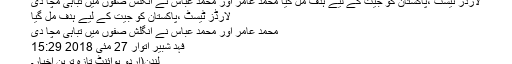
لارڈز ٹیسٹ ،پاکستان کو جیت کے لیے ہدف مل گیا محمد عامر اور محمد عباس نے انگلش صفوں میں تباہی مچا دی
لارڈز ٹیسٹ ،پاکستان کو جیت کے لیے ہدف مل گیا
محمد عامر اور محمد عباس نے انگلش صفوں میں تباہی مچا دی
فہد شبیر اتوار 27 مئی 2018 15:29
لندن(اردو پوائنٹ تازہ ترین اخبار۔